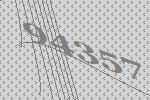
94357